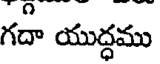
గదా యుద్ధము